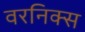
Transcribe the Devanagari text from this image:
वरनिक्स